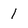
Character: 1